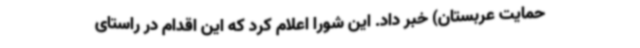
حمایت عربستان) خبر داد. این شورا اعلام کرد که این اقدام در راستای